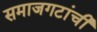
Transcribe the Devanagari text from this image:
समाजगटांची